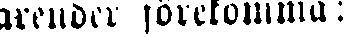
arender förekomma: